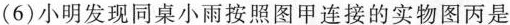
(6)小明发现同桌小雨按照图甲连接的实物图丙是